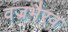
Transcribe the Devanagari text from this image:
वज्रभैरव